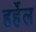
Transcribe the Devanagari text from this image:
हर्हेल